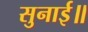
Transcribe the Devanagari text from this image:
सुनाई॥